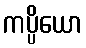
ကပ္ပိယော